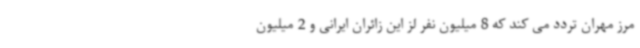
مرز مهران تردد می کند که 8 میلیون نفر لز این زائران ایرانی و 2 میلیون